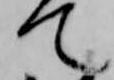
て